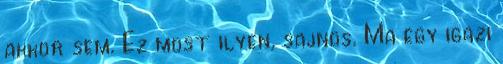
akkor sem. Ez most ilyen, sajnos. Ma egy igazi